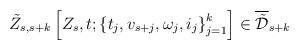
LaTeX: \begin{align*}\tilde{Z}_{s,s+k} \left[ Z_s,t;\left\{ t_j,v_{s+j},\omega_j,i_j\right\}_{j=1}^k\right]\in \overline{\tilde{\mathcal{D}}}_{s+k}\end{align*}